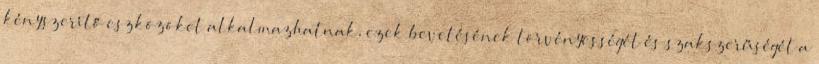
kényszerítő eszközöket alkalmazhatnak, ezek bevetésének törvényességét és szakszerűségét a